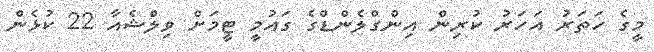
މީގެ ހަތަރު އަހަރު ކުރިން އިންގްލެންޑްގެ ގައުމީ ޓީމަށް ވިލްޝެއާ 22 ކުޅެން